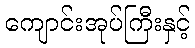
ကျောင်းအုပ်ကြီးနှင့်